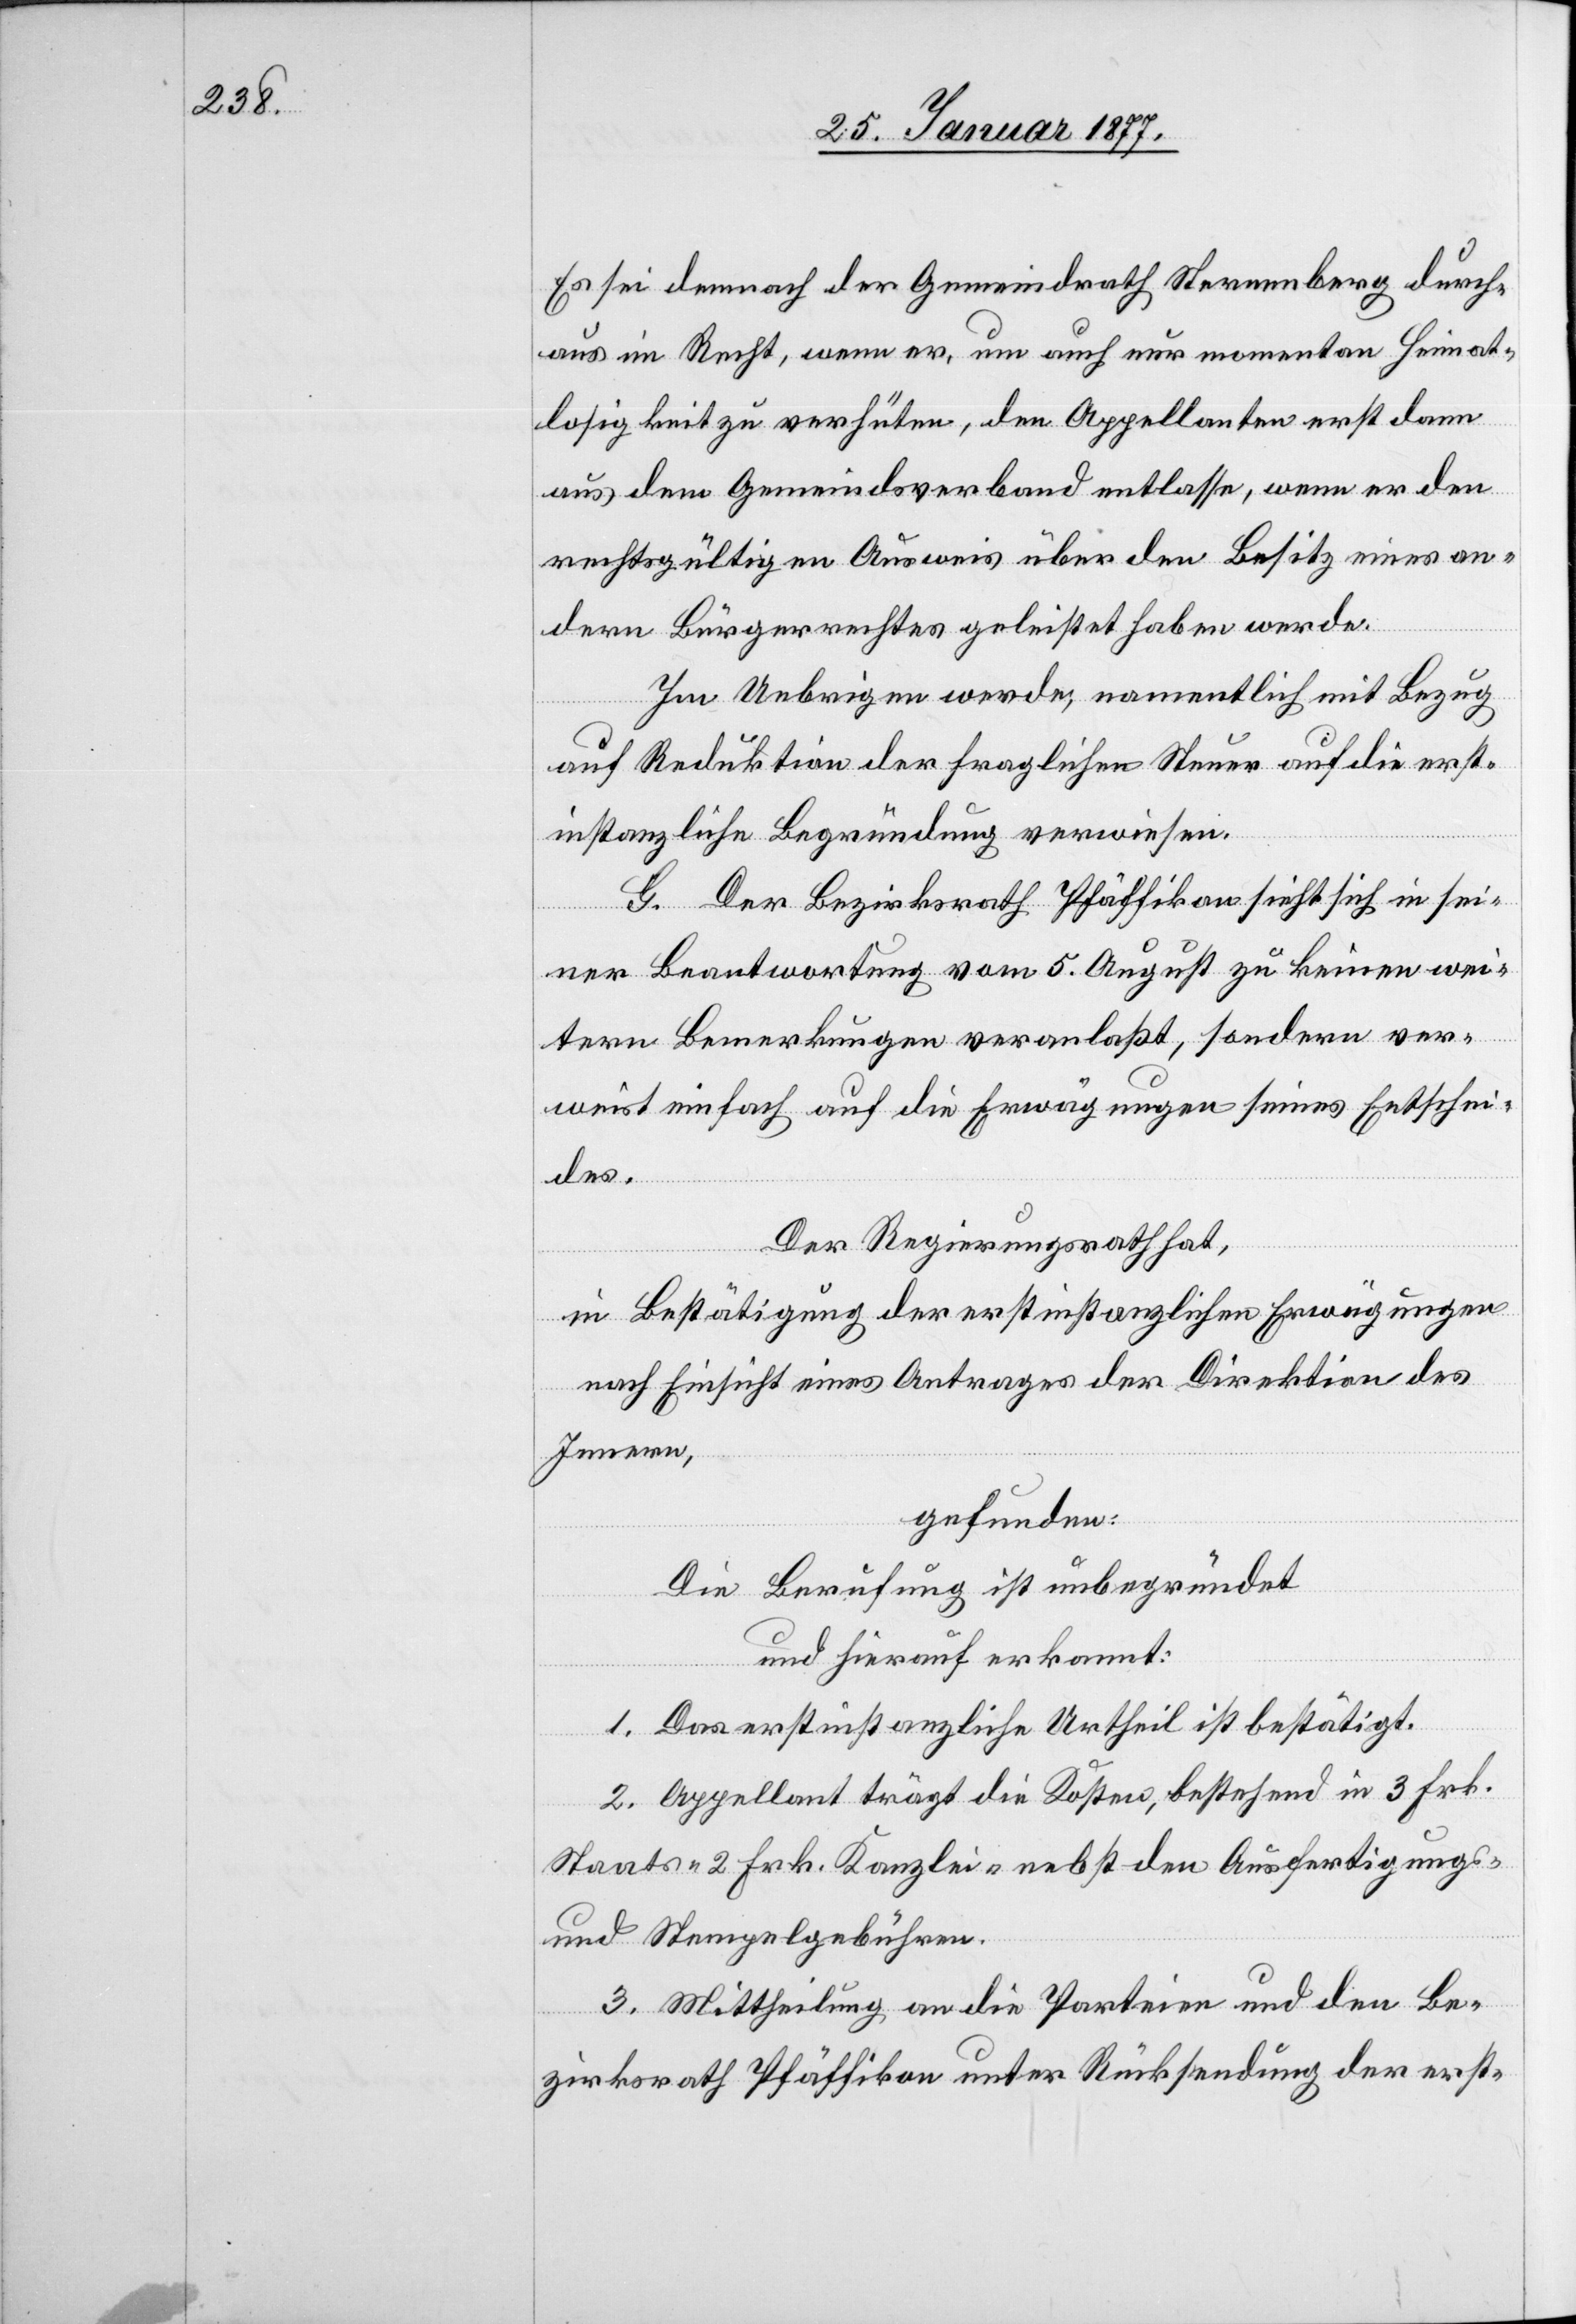
Es sei demnach der Gemeindrath Sternenberg durch¬
aus im Recht, wenn er, um auch nur momentan Heimat¬
losigkeit zu verhüten, den Appellanten erst dann
aus dem Gemeindsverband entlasse, wenn er den
rechtsgültigen Ausweis über den Besitz eines an¬
dern Bürgerrechtes geleistet haben werde.
Im Uebrigen werde, namentlich mit Bezug
auf Reduktion der fraglichen Steuer auf die erst¬
instanzliche Begründung verwiesen.
G. Der Bezirksrath Pfäffikon sieht sich in sei¬
ner Beantwortung vom 5. August zu keinen wei¬
tern Bemerkungen veranlaßt, sondern ver¬
weist einfach auf die Erwägungen seinen Entschei¬
des.
Der Regierungsrath hat,
in Bestätigung der erstinstanzlichen Erwägungen
nach Einsicht eines Antrages der Direktion des
Innern,
gefunden:
Die Berufung ist unbegründet
und hierauf erkannt:
1. Das erstinstanzliche Urtheil ist bestätigt.
2. Appellant trägt die Kosten, bestehend in 3 Frk.
Staats-[,] 2 Frk. Kanzlei- nebst den Ausfertigungs-
und Stempelgebühren.
3. Mittheilung an die Parteien und den Be¬
zirksrath Pfäffikon unter Rücksendung der erst-